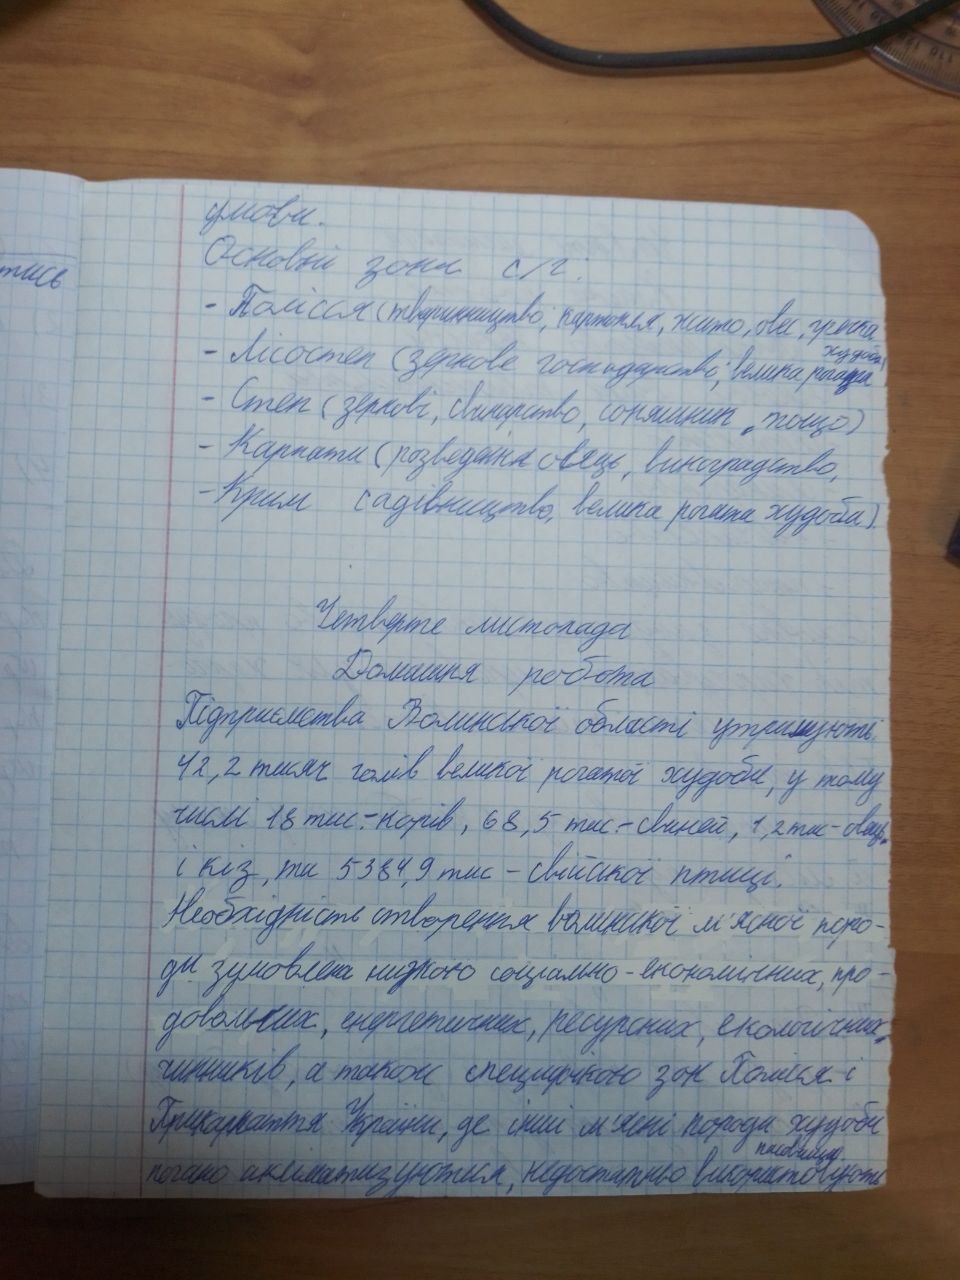
умови.
Основні зони с/г.
- Полісся (тваринництво, картопля, жито, овес, гречка
- Лісостеп (зернове господарство, велика рогата
худоба)
- Степ (зернові, свинарство, соняшник, тощо)
- Карпати (розведення овець, виноградство,
-Крим (садівництво, велика рогата худоба.
Четверте листопада
Домашня робота
Підприємства Волинської області утримують:
42,2 тисяч голів великої рогатої худоби, у тому
числі 18 тис.-корів, 68,5 тис.-свиней, 1,2 тис.-овець.
і кіз, та 5384,9 тис - свійської птиці.
Необхідність створення волинської м'ясної поро-
ди зумовлена низкою соціально-економічних, про-
довольчих, енергетичних, ресурсних, екологічних,
чинників, а також специфікою зон Полісся і
Прикарпаття України, де інші м'ясні породи худоби
пасовищю
погано акліматизуються, недостатньо використовують